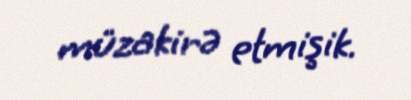
müzakirə etmişik.